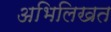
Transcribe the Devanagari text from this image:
अभिलिखत